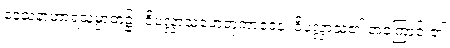
ဒေသနာဟာရသမ္ပာတ၌။ ဝိပလ္လာသဟေတုဘာဝေန၊ ဝိပလ္လာသ၏ အကြောင်း၏